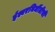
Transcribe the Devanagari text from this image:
ईश्वरनिर्मीतीची